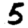
Digit: 5